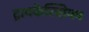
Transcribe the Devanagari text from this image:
ट्रायकेल्सियम